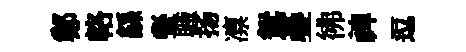
鄭輅繇餐職扬凛鴛疊彿禆逗